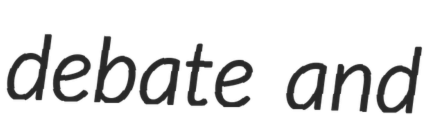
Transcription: debate and